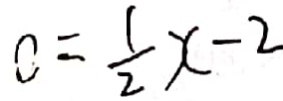
0 = \frac { 1 } { 2 } x - 2